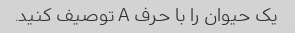
یک حیوان را با حرف A توصیف کنید.